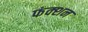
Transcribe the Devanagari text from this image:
फंक्‍शन